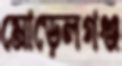
মোড়েলগঞ্জ